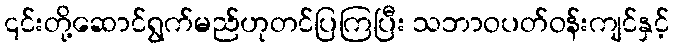
၎င်းတို့ဆောင်ရွက်မည်ဟုတင်ပြကြပြီး သဘာဝပတ်ဝန်းကျင်နှင့်